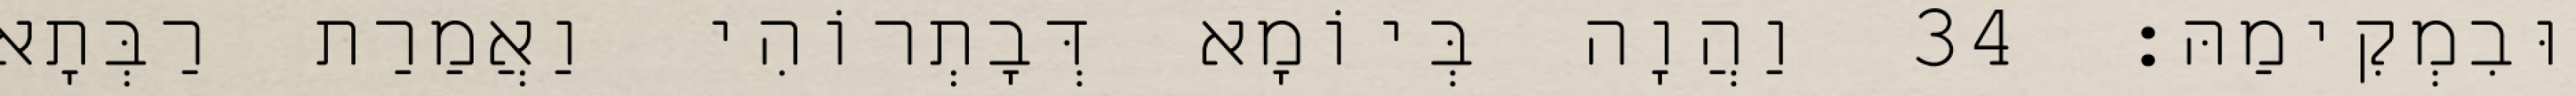
וּבִמְקִימַהּ׃ 34 וַהֲוָה בְּיוֹמָא דְּבָתְרוֹהִי וַאֲמַרַת רַבְּתָא